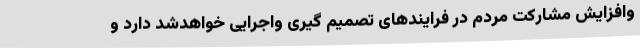
وافزایش مشارکت مردم در فرایندهای تصمیم گیری واجرایی خواهدشد دارد و